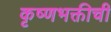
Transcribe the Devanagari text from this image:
कृष्णभक्तीची